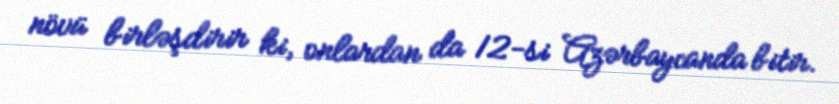
növü birləşdirir ki, onlardan da 12-si Azərbaycanda bitir.